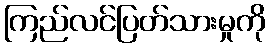
ကြည်လင်ပြတ်သားမှုကို